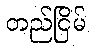
တည်ငြိမ်